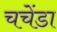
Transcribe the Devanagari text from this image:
चचेंडा